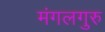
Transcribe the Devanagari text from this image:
मंगलगुरु